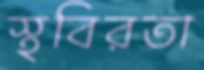
স্থবিরতা